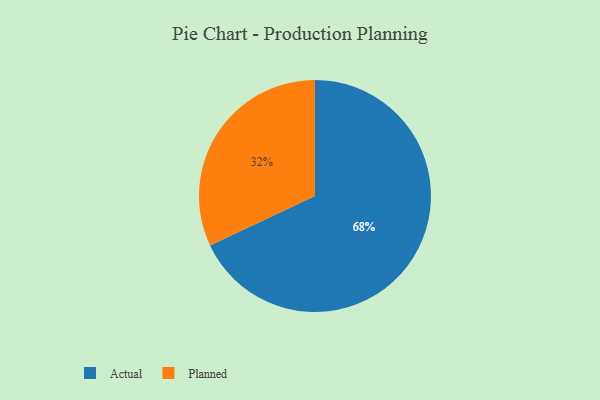
{"axis": {"x": "Category", "y": "Percentage"}, "legend": ["Actual", "Planned"], "data": [{"x": "Actual", "y": 68, "type": "Actual"}, {"x": "Planned", "y": 32, "type": "Planned"}]}